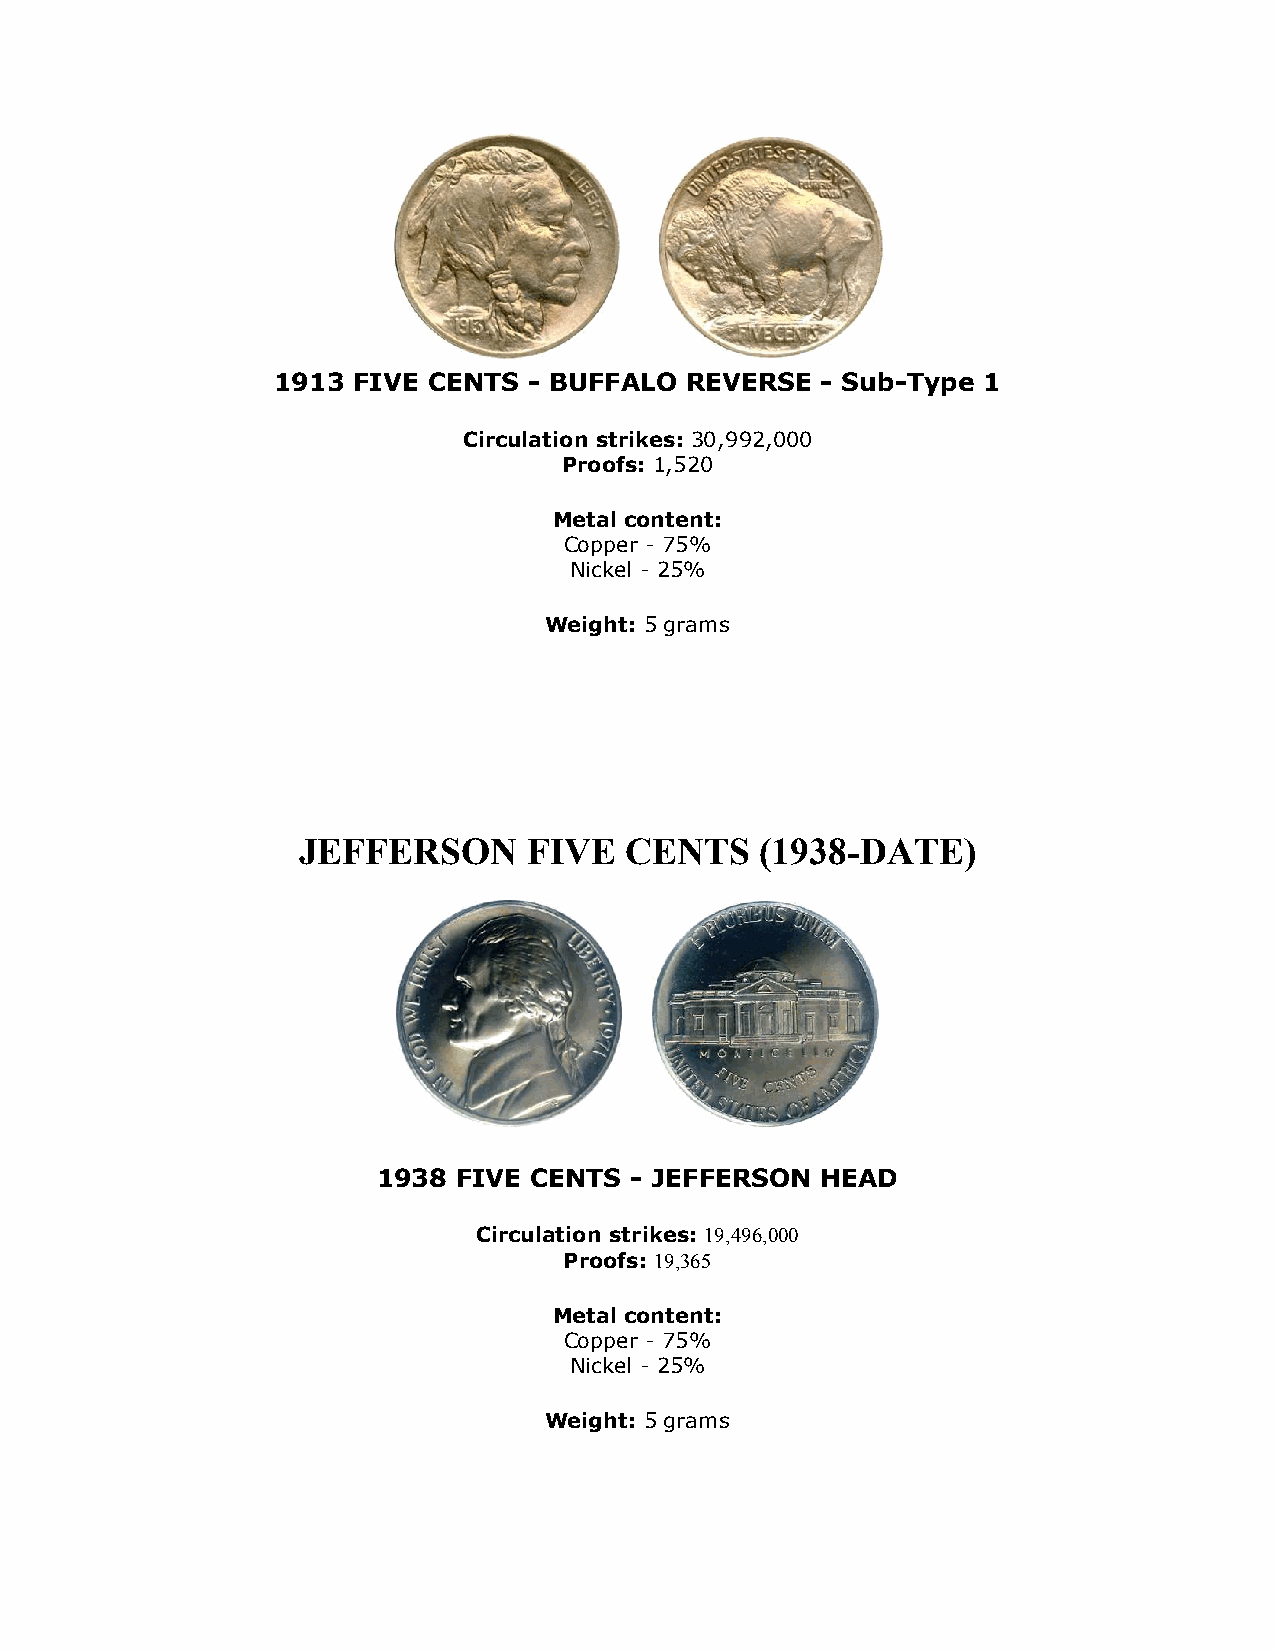
1913 FIVE CENTS  - BUFFALO REVERSE  - Sub-Type 1
 Circulation strikes: 30,992,000
 Proofs: 1,520
 Metal content:
 Copper - 75%
 Nickel - 25%
 Weight: 5 grams
 JEFFERSON      FIVE  CENTS    (1938-DATE)
 1938 FIVE CENTS  - JEFFERSON HEAD
 Circulation strikes: 19,496,000
 Proofs: 19,365
 Metal content:
 Copper - 75%
 Nickel - 25%
 Weight: 5 grams